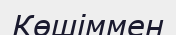
Көшіммен